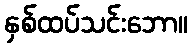
နှစ်ထပ်သင်းဘော။